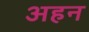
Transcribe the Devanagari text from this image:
अहन